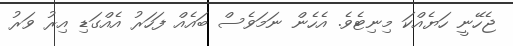
ޖެހޭނީ ހަޔެއްކަ މިނިޓެވެ. އެހެން ނަމަވެސް ބައެއް ފަހަރު އެއްގަޑި އިރު ވަރު